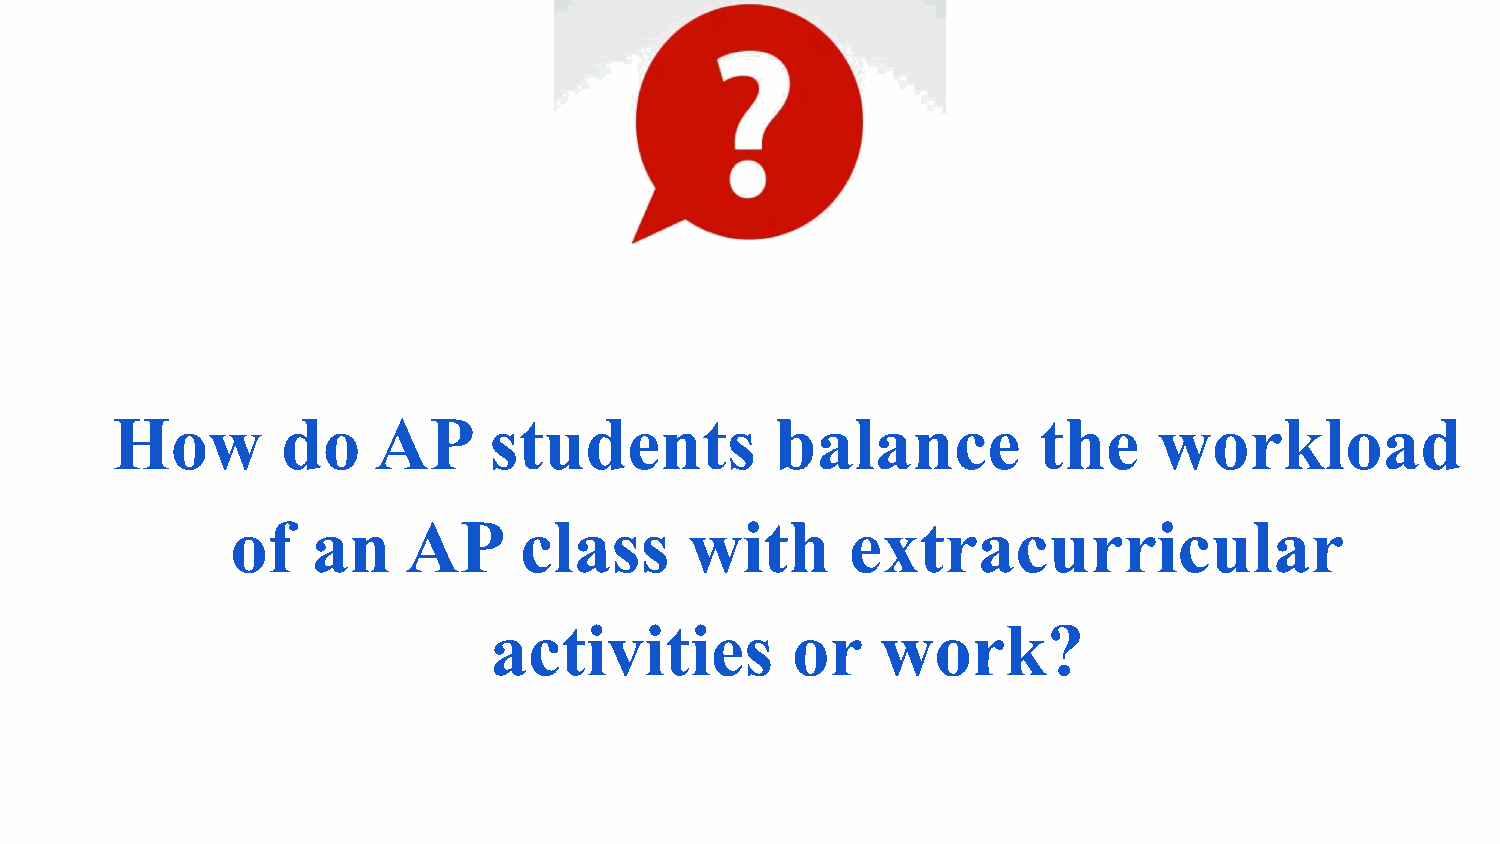
How         do    AP     students           balance           the     workload
 of    an    AP     class       with      extracurricular
 activities          or    work?